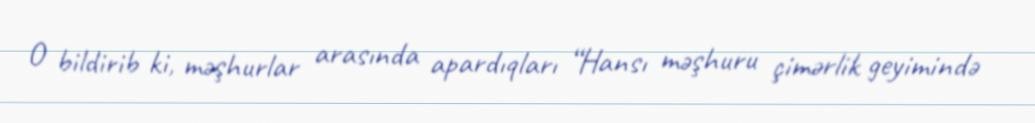
O bildirib ki, məşhurlar arasında apardıqları “Hansı məşhuru çimərlik geyimində